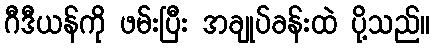
ဂီဒီယန်ကို ဖမ်းပြီး အချုပ်ခန်းထဲ ပို့သည်။